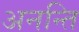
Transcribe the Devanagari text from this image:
अनन्ति